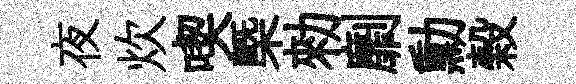
夜炊喫㮣勑劘勳榖